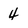
Character: 4